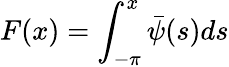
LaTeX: F(x)=\int_{-\pi}^{x}\bar{\psi}(s)ds